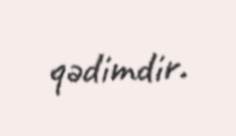
qədimdir.